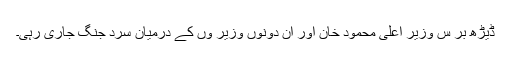
ڈیڑھ بر س وزیر اعلی محمود خان اور ان دونوں وزیر وں کے درمیان سرد جنگ جاری رہی۔